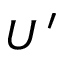
U ^ { \prime }